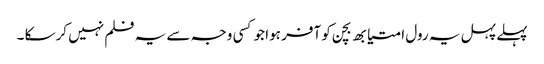
پہلے پہل یہ رول امتیابھ بچن کو آفر ہوا جو کسی وجہ سے یہ فلم نہیں کرسکا ۔